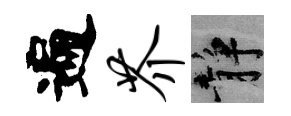
遍芥静